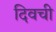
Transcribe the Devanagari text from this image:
दिवची